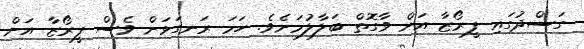
ގަސްދުގައި ފީރޯޒާ އަށް ވާގޮތް ބަލާލުމަށެވެ. ހަމަ ރަނގަޅަށް ވެސް ފީރޯޒާ އަށް